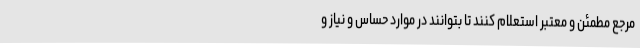
مرجع مطمئن و معتبر استعلام کنند تا بتوانند در موارد حساس و نیاز و